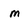
Character: m